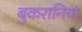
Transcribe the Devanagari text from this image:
बुकरानिया